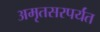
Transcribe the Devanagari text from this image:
अमृतसरपर्यंत